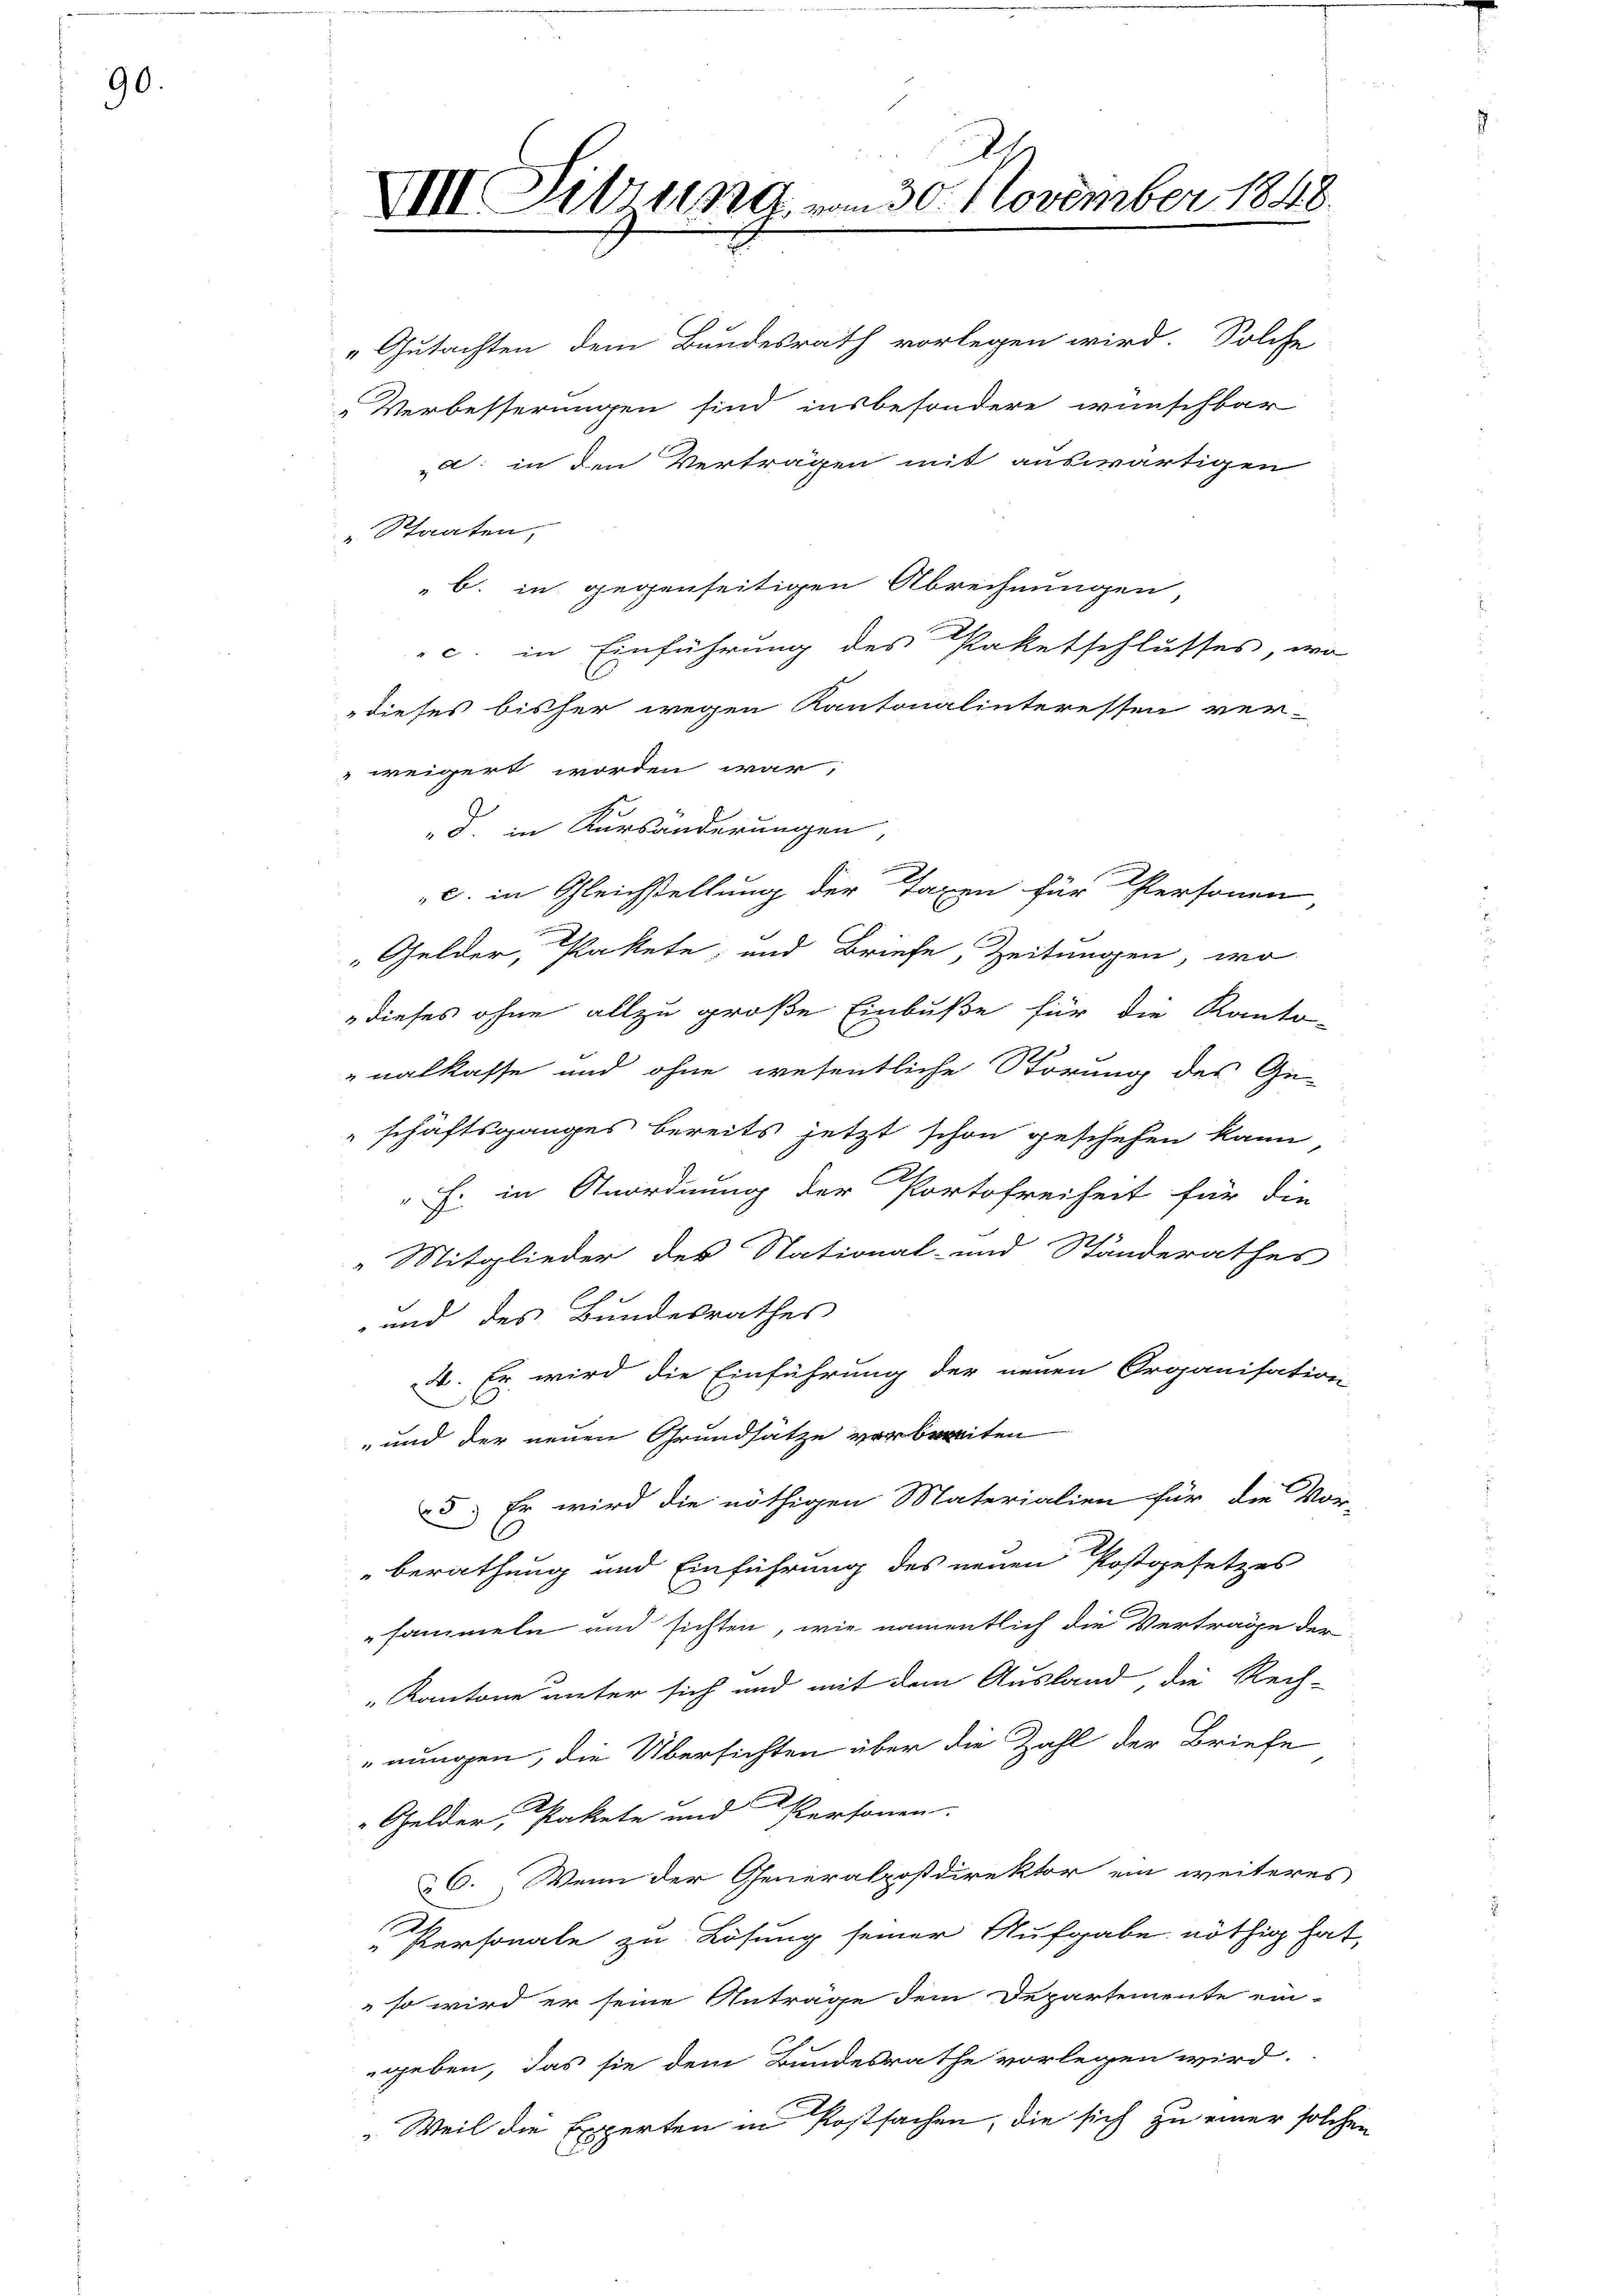
90.

„Gutachten dem Bundesrath vorlegen wird. Solche
„Verbesserungen sind insbesondere wünschbar
d. in den Verträgen mit auswärtigen
" Staaten,
b. in gegenseitigen Abrechnungen,
c. in Einführung des Paketschlusses, wo
dieses bisher wegen Kantonalinteressen ver-
weigert worden war,
d. in Kursänderungen,
.
c. in Gleichstellung der Taxen für Personen
"Gelder, Pakete, und Briefe, Zeitungen, wo
dieses ohne allzu große Einbuße für die Kanto-
nalkasse und ohne wesentliche Störung des Ge-
schäftsganges bereits jetzt schon geschehen kann
" Fr. in Anordnung der Portofreiheit für die
 Mitglieder der National- und Ständerathes
und des Bundesrathes,
4. Er wird die Einführung der neuen Organisation
" und der neuen Grundsätze verbreiten
5.) Er wird die nöthigen Materialien für die Vor-
berathung und Einführung des neuen Postgesetzes
sammeln und sichten, wie namentlich die Vertrage der
„Kantone unter sich und mit dem Ausland die Rech-
nungen, die Übersichten über die Zahl der Briefe
 Gelder, Pakete und Personen.
6. Wenn der Generalpostdirektor ein weiteres
Personale zu Lösung seiner Aufgabe nöthig hat,
" so wird er seine Anträge dem Departemente ein-
geben, das sie dem Bundesrathe vorlegen wird.
„Weil die Experten in Postsachen, die sich zu einer solchen

u
XIII. Litzung vom 30. November 1848.